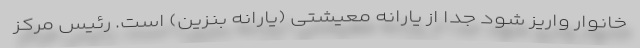
خانوار واریز شود جدا از یارانه معیشتی (یارانه بنزین) است. رئیس مرکز